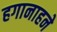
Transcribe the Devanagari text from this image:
हगानाहने